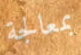
بمعالجة